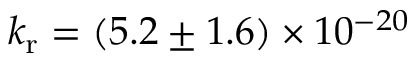
k _ { \mathrm { r } } = ( 5 . 2 \pm 1 . 6 ) \times 1 0 ^ { - 2 0 }